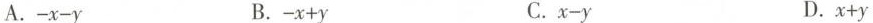
A.$$- x - y$$ B.$$- x + y$$ C.$$x - y $$ D.$$x + y$$